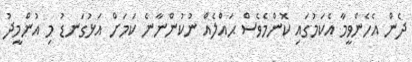
ދެން އެހެންވީމާ އެކަމުގައި ކޮންމެވެސް ޙައްލެއް ނުކުންނާނެ ކަމަށް އަޅުގަނޑު މި އުންމީދު